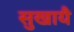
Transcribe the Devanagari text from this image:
सुखायै